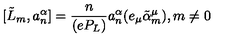
[ \tilde { L } _ { m } , a _ { n } ^ { \alpha } ] = \frac { n } { ( e P _ { L } ) } a _ { n } ^ { \alpha } ( e _ { \mu } \tilde { \alpha } _ { m } ^ { \mu } ) , m \neq 0